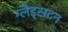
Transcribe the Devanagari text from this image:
ग्लैड्सटन